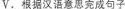
V.根据汉语意思完成句子